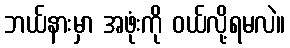
ဘယ်နားမှာ အဖုံးကို ဝယ်လို့ရမလဲ။